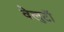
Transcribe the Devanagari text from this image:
वेलुटाॅ